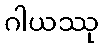
ဂါယဿု